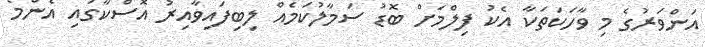
އަންވަރުގެ މި ވާހަކަތަކާ އެކު ފިލްމަށް ބޮޑު ސަމާލުކަމެއް ލިބިފައިވާއިރު އޮސްކާގައި އެންމެ